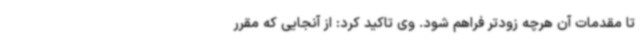
تا مقدمات آن هرچه زودتر فراهم شود. وی تاکید کرد: از آنجایی که مقرر